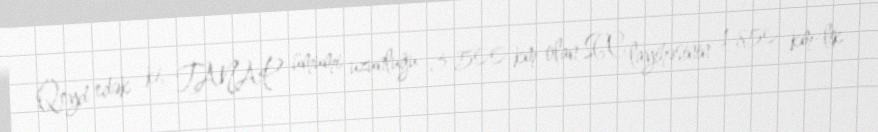
Qeyd edək ki, TANAP ümumi uzunluğu 3 500 km olan SGC layihəsinin 1 850 km-lik